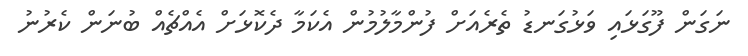
ނަގަން ފޫގަޅައި ވަޅުގަނޑު ތެރެއަށް ފުންމާލުމުން އެކަމާ ދެކޮޅަށް އެއްޗެއް ބުނަން ކެރުނު